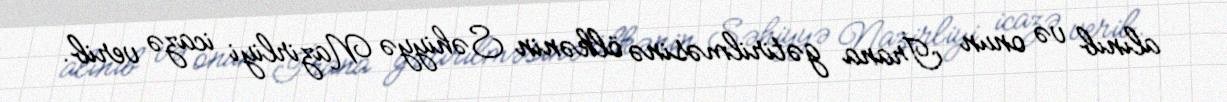
alınıb və onun İrana gətirilməsinə ölkənin Səhiyyə Nazirliyi icazə verib.